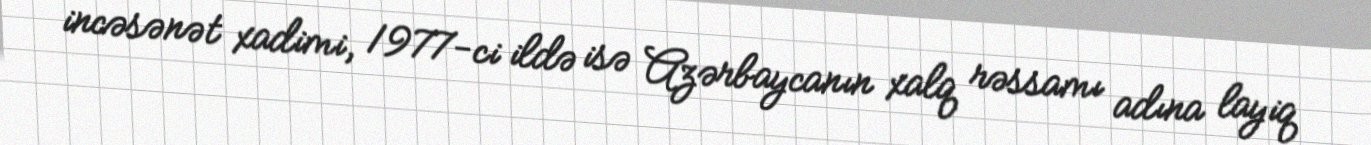
incəsənət xadimi, 1977-ci ildə isə Azərbaycanın xalq rəssamı adına layiq